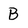
Character: B